Supplement to the account of plague administration in the Bombay Presidency from September 1896 till May 1897
Year: 1896
Disease focus: Plague
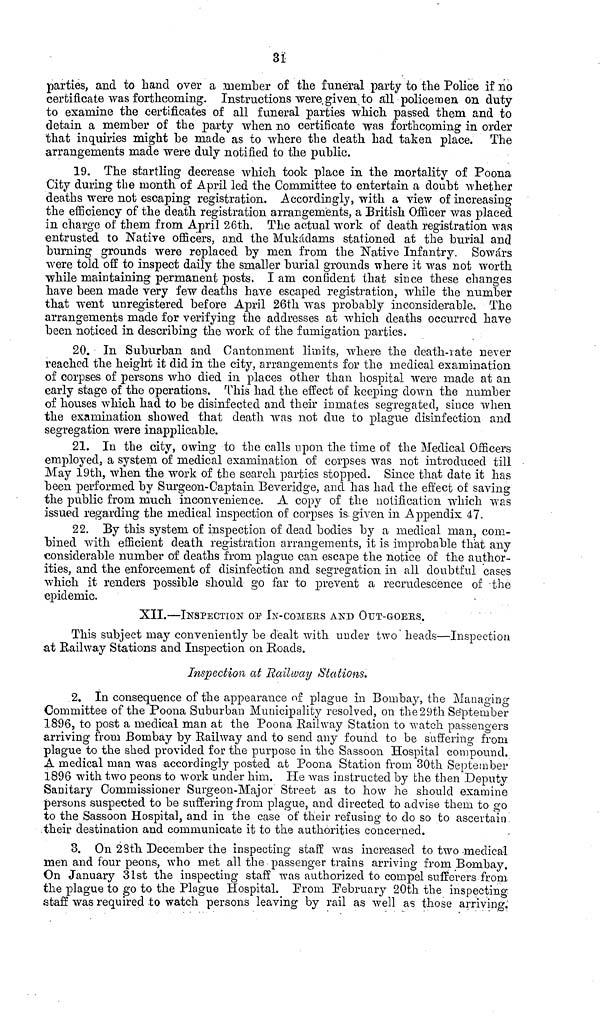
31
parties, and to hand over a member of the funeral party to the Police if no
certificate was forthcoming. Instructions were given to all policemen on duty
to examine the certificates of all funeral parties which passed them and to
detain a member of the party when no certificate was forthcoming in order
that inquiries might be made as to where the death had taken place. The
arrangements made were duly notified to the public.
19. The startling decrease which took place in the mortality of Poona
City during the month of April led the Committee to entertain a doubt whether
deaths were not escaping registration. Accordingly, with a view of increasing
the efficiency of the death registration arrangements, a British Officer was placed
in charge of them from April 26th. The actual work of death registration was
entrusted to Native officers, and the Mukádams stationed at the burial and
burning grounds were replaced by men from the Native Infantry. Sowars
were told off to inspect daily the smaller burial grounds where it was not worth
while maintaining permanent posts. I am confident that since these changes
have been made very few deaths have escaped registration, while the number
that went unregistered before April 26th was probably inconsiderable. The
arrangements made for verifying the addresses at which deaths occurred have
been noticed in describing the work of the fumigation parties.
20. In Suburban and Cantonment limits, where the death-rate never
reached the height it did in the city, arrangements for the medical examination
of corpses of persons who died in places other than hospital were made at an
early stage of the operations. This had the effect of keeping down the number
of houses which had to be disinfected and their inmates segregated, since when
the examination showed that death was not due to plague disinfection and
segregation were inapplicable.
21. In the city, owing to the calls upon the time of the Medical Officers
employed, a system of medical examination of corpses was not introduced till
May 19th, when the work of the search parties stopped. Since that date it has
been performed by Surgeon-Captain Beveridge, and has had the effect of saving
the public from much inconvenience. A copy of the notification which was
issued regarding the medical inspection of corpses is given in Appendix 47.
22. By this system of inspection of dead bodies by a medical man, com-
bined with efficient death registration arrangements, it is improbable that any
considerable number of deaths from plague can escape the notice of the author-
ities, and the enforcement of disinfection and segregation in all doubtful cases
which it renders possible should go far to prevent a recrudescence of the
epidemic.
XII.—INSPECTION or IN-COMeRS AND OUT-GOERS.
This subject may conveniently be dealt with under two heads—Inspection
at Railway Stations and Inspection on Roads.
Inspection at Railway Stations.
2. In consequence of the appearance of plague in Bombay, the Managing
Committee of the Poona Suburban Municipality resolved, on the 29th September
1896, to post a medical man at the Poona Railway Station to watch passengers
arriving from Bombay by Railway and to send any found to be suffering from
plague to the shed provided for the purpose in the Sassoon Hospital compound.
A medical man was accordingly posted at Poona Station from 30th September
1896 with two peons to work under him. He was instructed by the then Deputy
Sanitary Commissioner Surgeon-Major Street as to how he should examine
persons suspected to be suffering from plague, and directed to advise them to go
to the Sassoon Hospital, and in the case of their refusing to do so to ascertain
their destination and communicate it to the authorities concerned.
3. On 28th December the inspecting staff was increased to two -medical
men and four peons, who met all the passenger trains arriving from Bombay.
On January 31st the inspecting staff was authorized to compel sufferers from
the plague to go to the Plague Hospital. From February 20th the inspecting
staff was required to watch persons leaving by rail as well as those arriving.